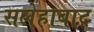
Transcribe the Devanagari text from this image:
सलेहाबाद